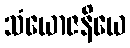
သံယောဇနိယေ